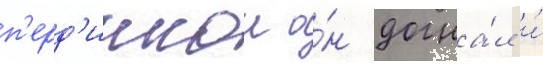
п'ерд'иккои о́н догна́л и́